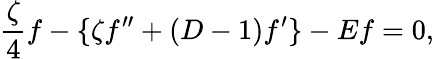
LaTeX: \frac{\zeta}{4}f-\{ \zeta f^{\prime\prime}+(D-1)f^{\prime}\} -Ef=0,